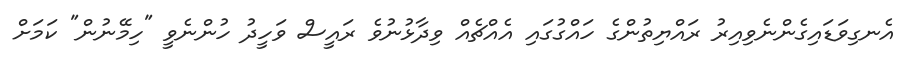
އެނގިވަޑައިގެންނެވިއިރު ރައްޔިތުންގެ ހައްގުގައި އެއްޗެއް ވިދާޅުނުވެ ރައީސް ވަހީދު ހުންނެވީ "ހިމޭނުން" ކަމަށް